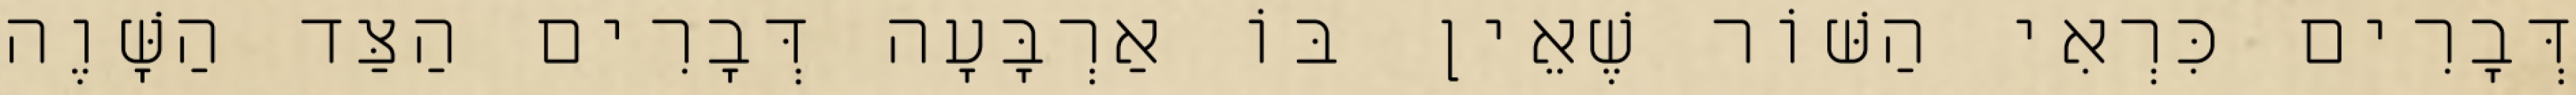
דְּבָרִים כִּרְאִי הַשּׁוֹר שֶׁאֵין בּוֹ אַרְבָּעָה דְּבָרִים הַצַּד הַשָּׁוֶה